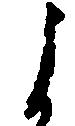
よ